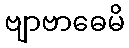
ဗျာဗာဓေမိ